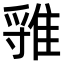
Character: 𨿐